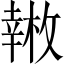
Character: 𱜿